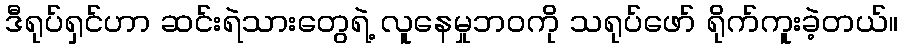
ဒီရုပ်ရှင်ဟာ ဆင်းရဲသားတွေရဲ့ လူနေမှုဘဝကို သရုပ်ဖော် ရိုက်ကူးခဲ့တယ်။